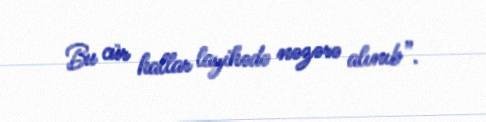
Bu cür hallar layihədə nəzərə alınıb”.